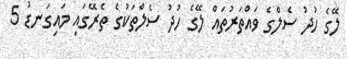
ލޭގެ ހުދު ސެލްގެ ވައްތަރުތައް ލޭގެ ހުދު ސެލްތަކުގެ ތެރޭގައި މައިގަނޑު 5